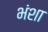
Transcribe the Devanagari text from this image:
भंशा